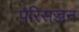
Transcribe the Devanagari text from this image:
परिसज्जन